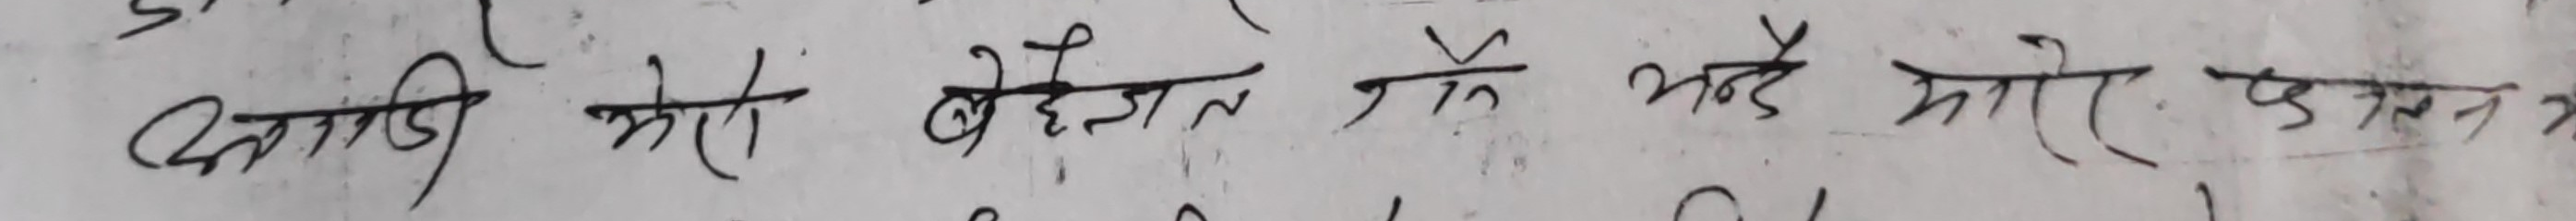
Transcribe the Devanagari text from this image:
दिगडी भाई बेहेन पनि भने भारे एउन